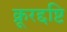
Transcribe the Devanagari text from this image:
क्रूरद्दष्टि